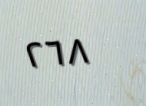
٢٦٨